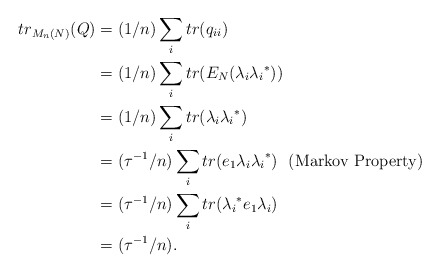
\begin{align*}tr_{M_n(N)}(Q) & =(1/n)\sum_i tr( q_{ii})\\ & = (1/n)\sum_i tr(E_N(\lambda_i{\lambda_i}^*))\\ &= (1/n)\sum_i tr(\lambda_i{\lambda_i}^*)\\ & = ({\tau}^{-1}/n ) \sum_i tr(e_1 \lambda_i{\lambda_i}^*) ~~\textrm{(Markov Property)} \\ & = ({\tau}^{-1}/n)\sum_i tr({\lambda_i}^*e_1 \lambda_i)\\ & = ({\tau}^{-1}/n).\end{align*}